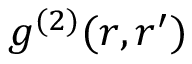
g ^ { ( 2 ) } ( \boldsymbol { r } , \boldsymbol { r } ^ { \prime } )